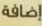
إضافة